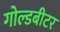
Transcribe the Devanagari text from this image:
गोल्डबीटर